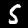
Digit: 5